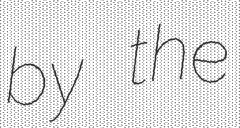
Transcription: by the